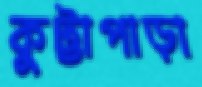
কুট্টাপাড়া